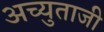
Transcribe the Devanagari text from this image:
अच्युताजी